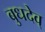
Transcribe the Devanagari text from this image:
बुधदेव्